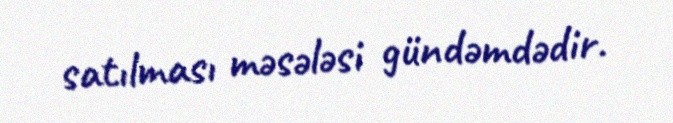
satılması məsələsi gündəmdədir.